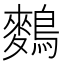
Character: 𪄳